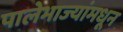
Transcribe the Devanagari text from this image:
पालेभाज्यांमधून